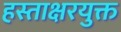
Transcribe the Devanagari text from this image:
हस्ताक्षरयुक्त